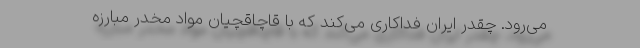
می‌رود. چقدر ایران فداکاری می‌کند که با قاچاقچیان مواد مخدر مبارزه